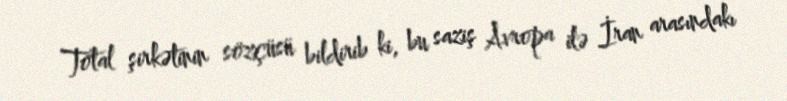
Total şirkətinin sözçüsü bildirib ki, bu saziş Avropa ilə İran arasındakı